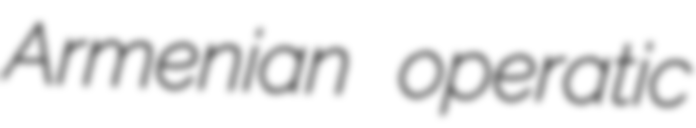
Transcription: Armenian operatic